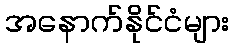
အနောက်နိုင်ငံများ